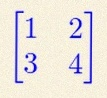
\begin{bmatrix}1&2\\3&4\end{bmatrix}